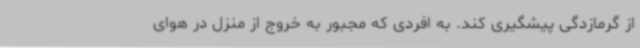
از گرمازدگی پیشگیری کند. به افردی که مجبور به خروج از منزل در هوای